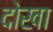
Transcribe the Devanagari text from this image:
दोखा